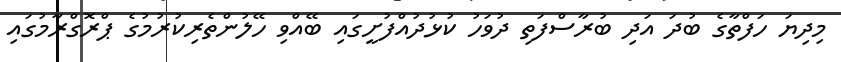
މިދިޔަ ހަފްތާގެ ބުދަ އަދި ބުރާސްފަތި ދުވަހު ކުޅުދުއްފުށީގައި ބޭއްވި ހޭލުންތެރިކުރުމުގެ ޕްރޮގްރާމުގައި